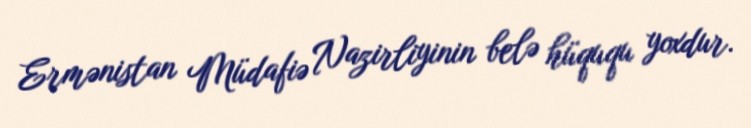
Ermənistan Müdafiə Nazirliyinin belə hüququ yoxdur.